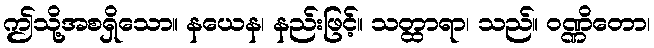
ဤသို့အစရှိသော။ နယေန၊ နည်းဖြင့်။ သတ္ထာရာ၊ သည်။ ဝဏ္ဏိတော၊